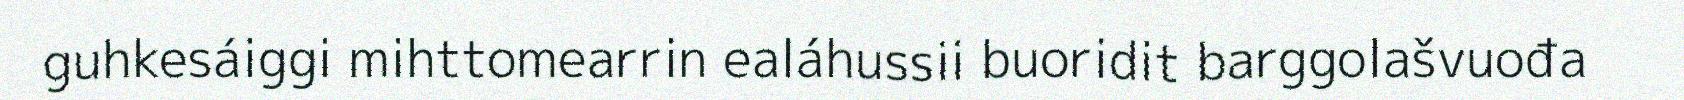
guhkesáiggi mihttomearrin ealáhussii buoridit barggolašvuođa